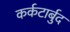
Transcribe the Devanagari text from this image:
कर्कटार्बुद